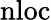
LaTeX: \mathrm{nloc}